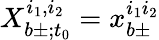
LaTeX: X_{b\pm;t_{0}}^{i_{1},i_{2}}=x_{b\pm}^{i_{1}i_{2}}